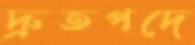
দ্রুতপদে